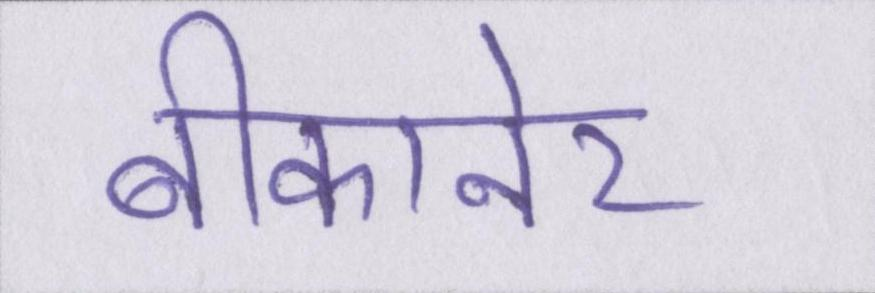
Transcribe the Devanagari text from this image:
बीकानेर